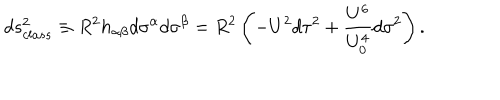
d s _ { c l a s s } ^ { 2 } \equiv R ^ { 2 } h _ { \alpha \beta } d \sigma ^ { \alpha } d \sigma ^ { \beta } = R ^ { 2 } \left( - U ^ { 2 } d \tau ^ { 2 } + \frac { U ^ { 6 } } { U _ { 0 } ^ { 4 } } d \sigma ^ { 2 } \right) .